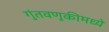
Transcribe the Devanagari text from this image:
गुंतवणूकीमध्ये